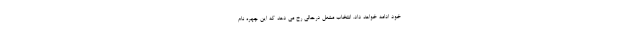
خود ادامه خواهد داد. انتخاب مشعل درحالی رخ می دهد که این چهره نام